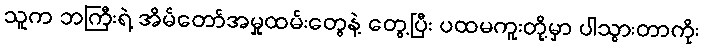
သူက ဘကြီးရဲ့ အိမ်တော်အမှုထမ်းတွေနဲ့ တွေ့ပြီး ပထမကူးတို့မှာ ပါသွားတာကိုး